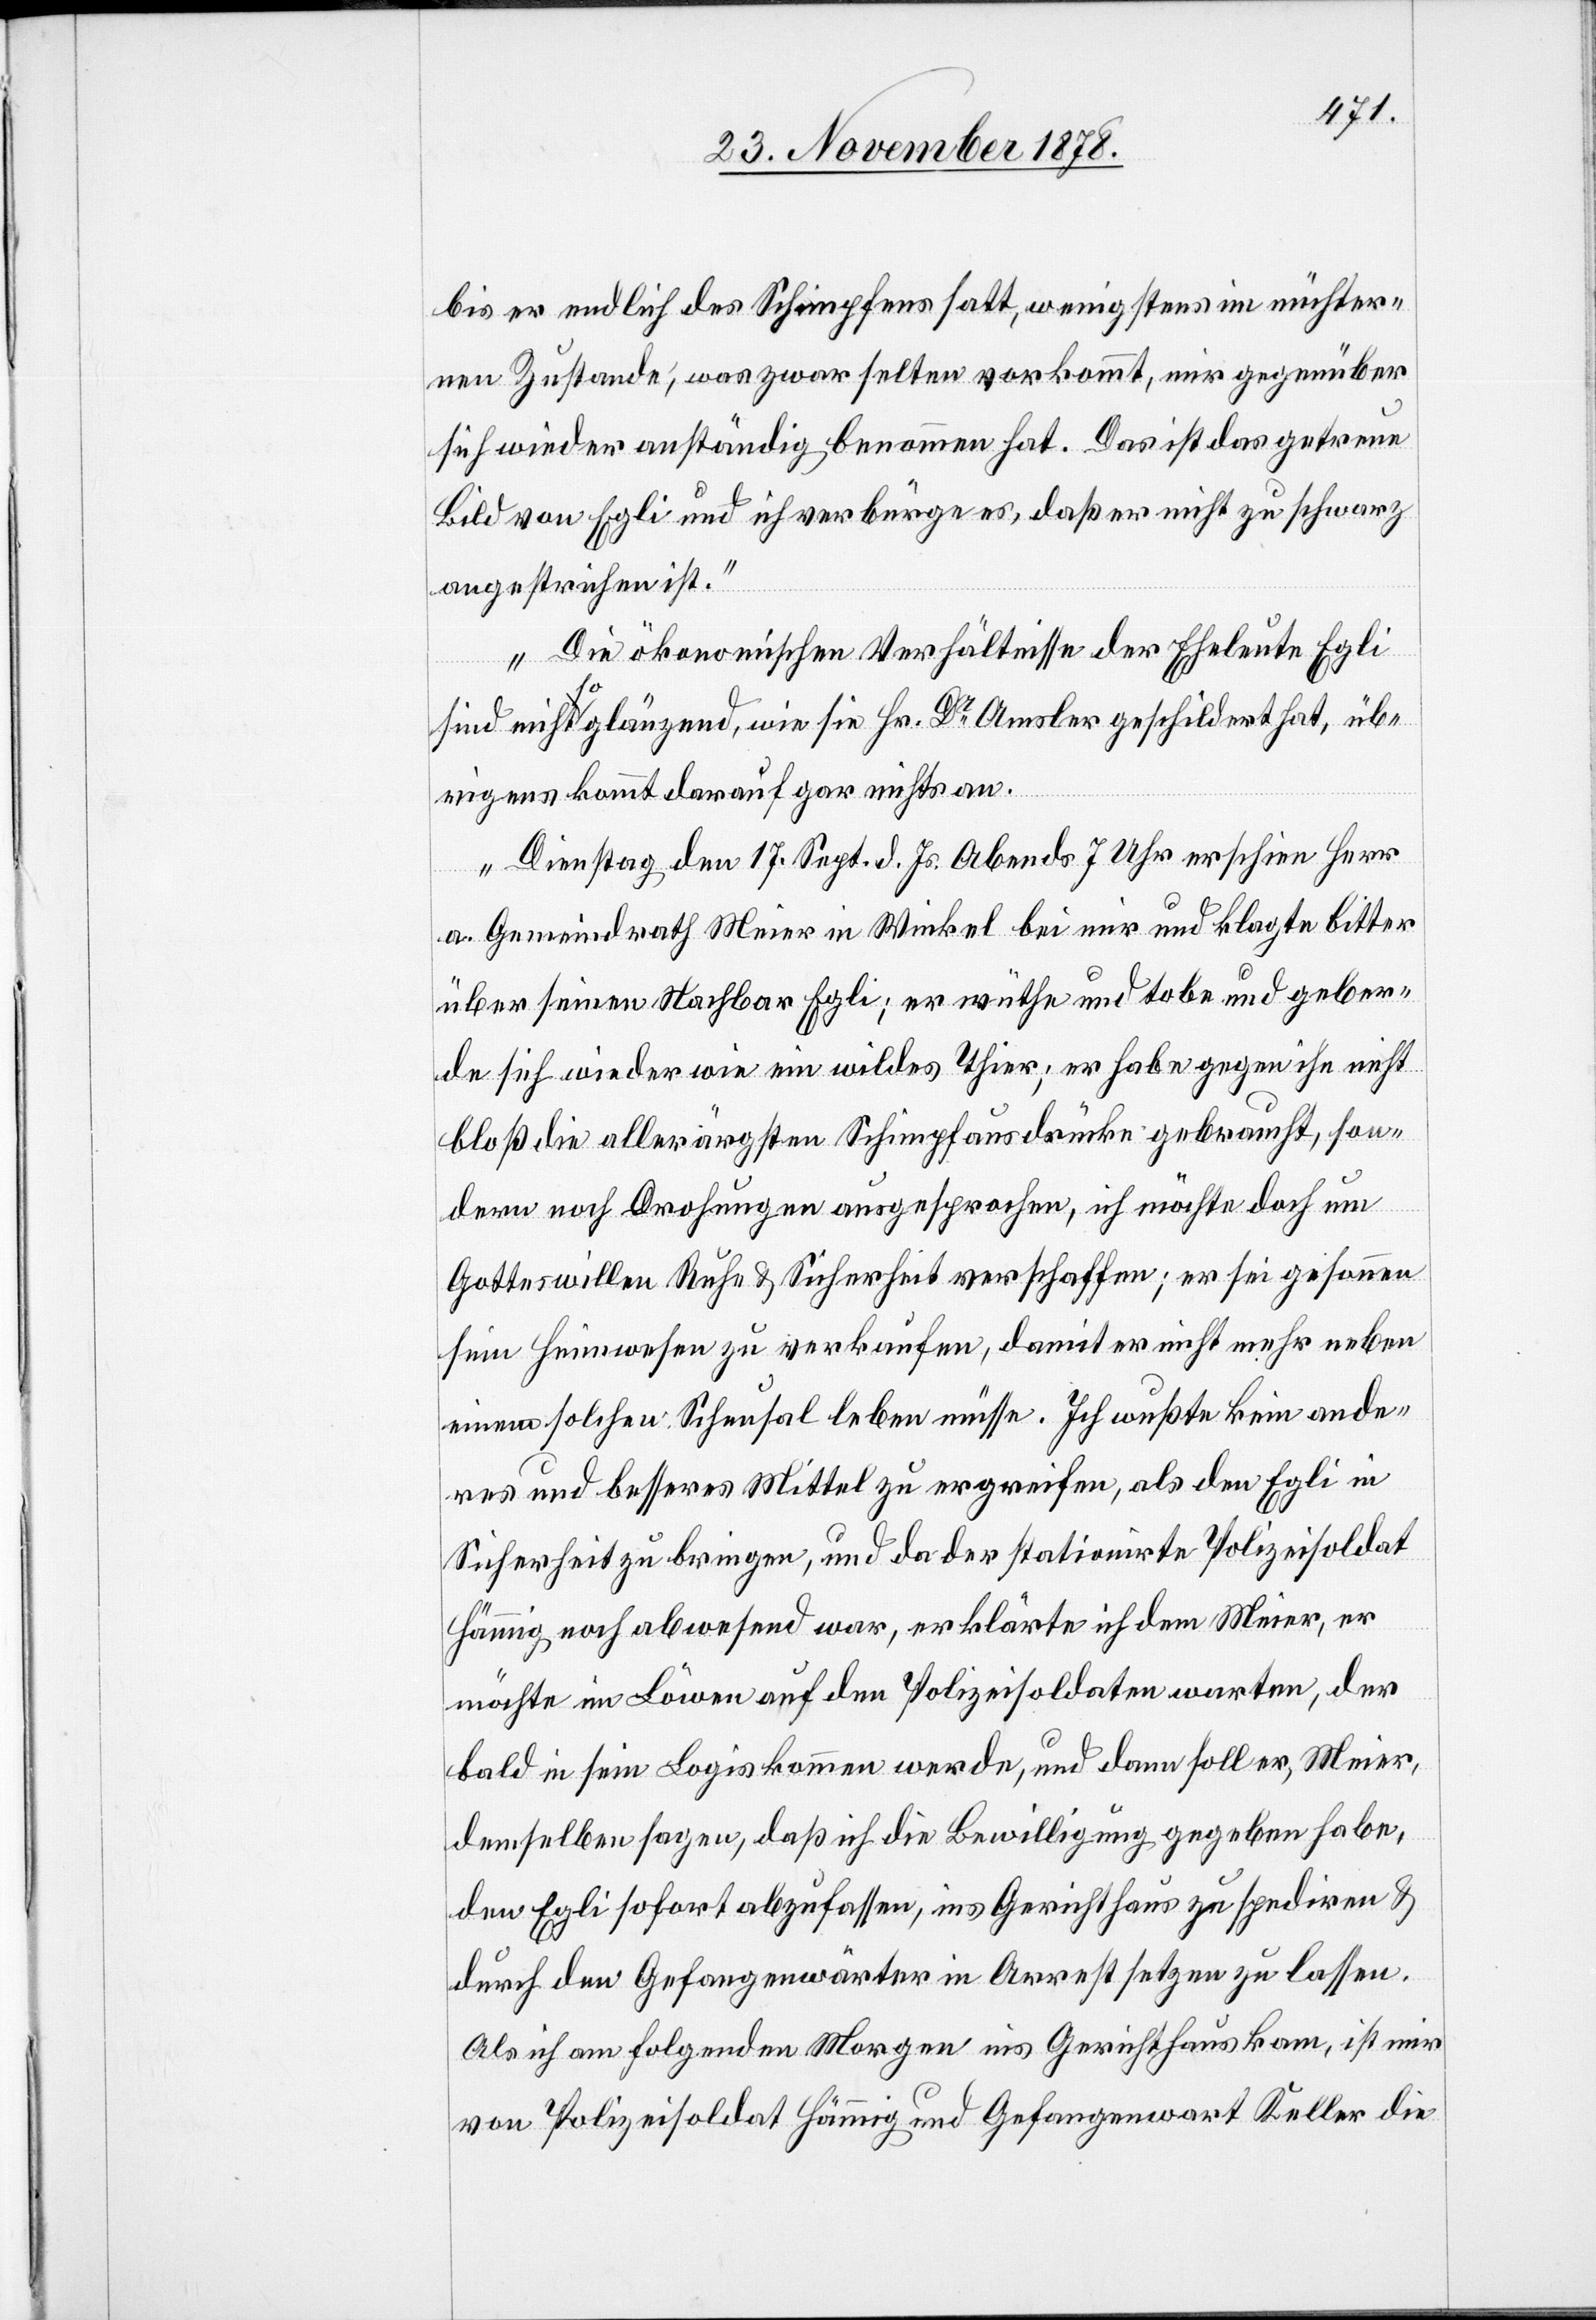
bis er endlich des Schimpfens satt, wenigstens im nüchter¬
nen Zustande; was zwar selten vorkommt, mir gegenüber
sich wieder anständig benommen hat. Das ist das getreue
Bild von Egli und ich verbürge es, daß er nicht zu schwarz
angestrichen ist.
Die ökonomischen Verhältnisse der Eheleute Egli
sind nicht so glänzend, wie sie Hr. Dr Amsler geschildert hat, üb¬
rigens kommt darauf gar nichts an.
Dienstag den 17. Sept. d. Js. Abends 7 Uhr erscheine Herr
a. Gemeindrath Meier in Winkel bei mir und klagte bitter
über seinen Nachbar Egli; er wüthe und tobe und geber¬
de sich wieder wie ein wildes Thier; er habe gegen ihn nicht
bloß die allerärgsten Schimpfausdrücke gebraucht; son¬
dern noch Drohungen ausgesprochen, ich möchte doch um
Gottes Willen Ruhe & Sicherheit verschaffen; er sei gesonnen
sein Heimwesen zu verkaufen, damit er nicht mehr neben
einem solchen Scheusal leben müsse. Ich wußte kein ande¬
res und besseres Mittel zu ergreifen, als den Egli in
Sicherheit zu bringen, und da der stationirte Polizeisoldat
Hämmig noch abwesend war, erklärte ich dem Meier, er
möchte im Löwen auf den Polizeisoldaten warten, der
bald in sein Logis kommen werde, und dann soll er, Meier,
demselben sagen, daß ich die Bewilligung gegeben habe,
den Egli sofort abzufassen, ins Gerichthaus zu spediren &
durch den Gefangenwärter in Arrest setzen zu lassen.
Als ich am folgenden Morgen ins Gerichthaus kam, ist mir
von Polizeisoldat Hämmig und Gefangenwart Keller die